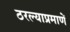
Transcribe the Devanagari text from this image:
ठरल्याप्रमाणें